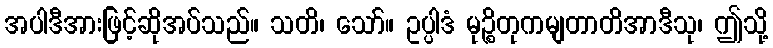
အပါဒီအားဖြင့်ဆိုအပ်သည်။ သတိ၊ သော်။ ဥပ္ပါဒံ မုဉ္စိတုကမျတာတိအာဒီသု၊ ဤသို့